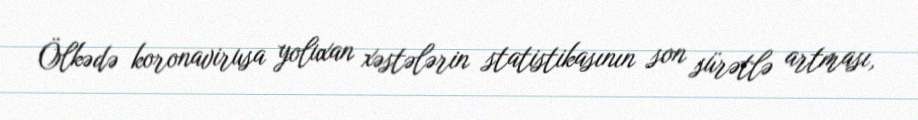
Ölkədə koronavirusa yoluxan xəstələrin statistikasının son sürətlə artması,